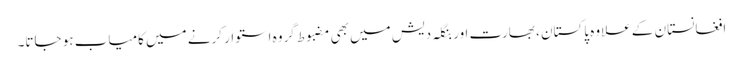
افغانستان کے علاوہ پاکستان ، بھارت اور بنگلہ دیش میں بھی مضبوط گروہ استوار کرنے میں کامیاب ہو جاتا۔